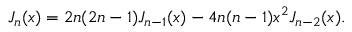
J _ { n } ( x ) = 2 n ( 2 n - 1 ) J _ { n - 1 } ( x ) - 4 n ( n - 1 ) x ^ { 2 } J _ { n - 2 } ( x ) .